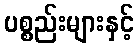
ပစ္စည်းများနှင့်